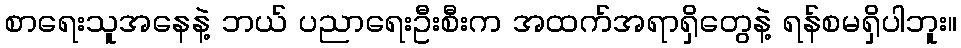
စာရေးသူအနေနဲ့ ဘယ် ပညာရေးဦးစီးက အထက်အရာရှိတွေနဲ့ ရန်စမရှိပါဘူး။